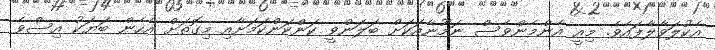
އެކުލަވާލާފައެވެ. މިއީ އެންމެންވެސް ނަމޫނާއަކަށް ބަލަންވީ ކަންކަންކަމަށާއި މިގޮތަށް އެހެން ބަޔަކު އިސްވެ